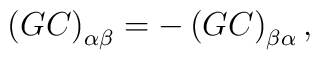
\left(  GC\right)  _{\alpha\beta}=-\left(  GC\right)  _{\beta\alpha},